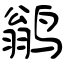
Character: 鹟